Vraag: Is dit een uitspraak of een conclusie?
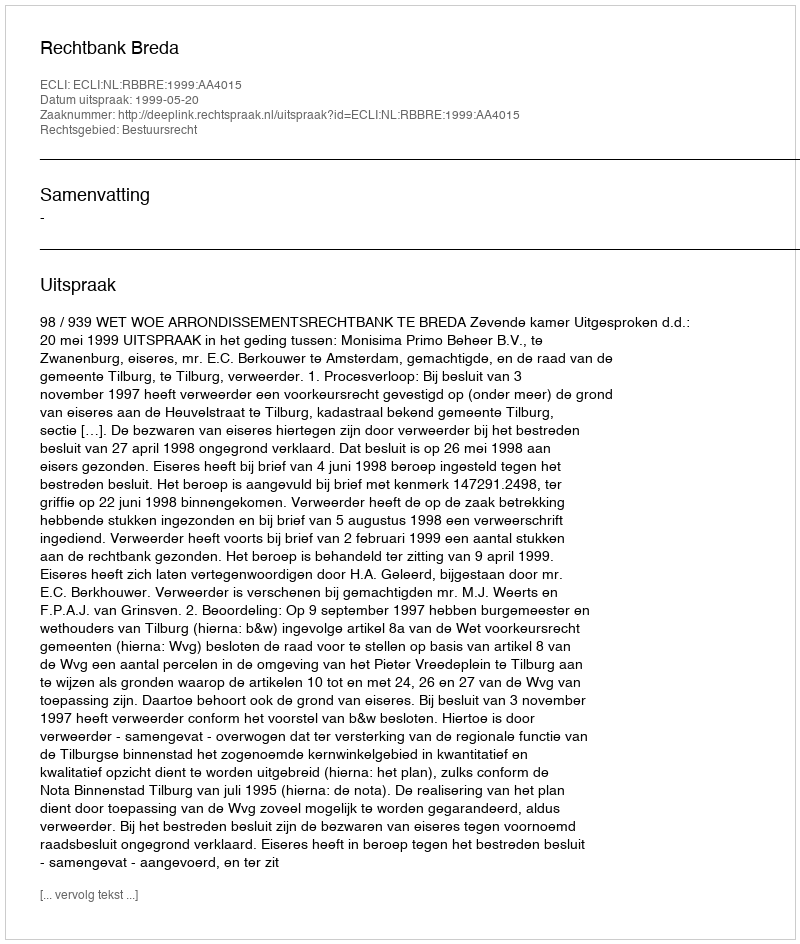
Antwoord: Uitspraak